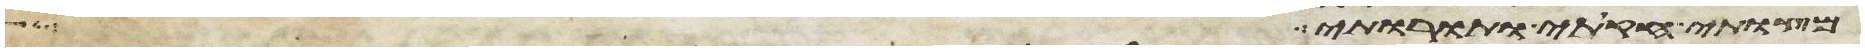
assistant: מצותי חקותי ותורותי